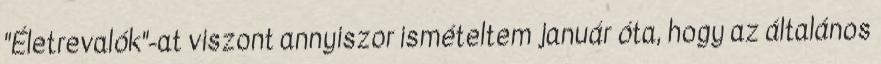
"Életrevalók"-at viszont annyiszor ismételtem január óta, hogy az általános